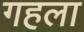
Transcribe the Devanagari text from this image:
गहला